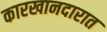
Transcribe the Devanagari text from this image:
कारखानदारात